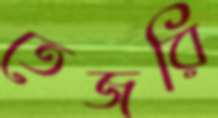
তেজরি